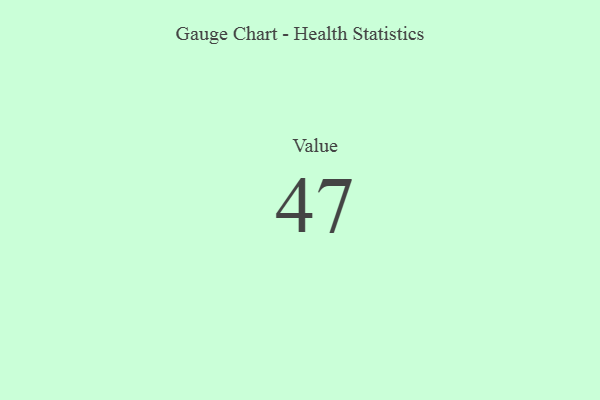
{"axis": {"x": "Metric", "y": "Value"}, "legend": [""], "data": [{"x": "Value", "y": 47, "type": ""}]}